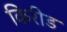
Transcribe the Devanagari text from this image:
किरीड